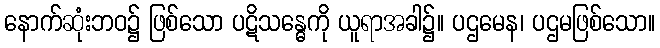
နောက်ဆုံးဘဝ၌ ဖြစ်သော ပဋိသန္ဓေကို ယူရာအခါ၌။ ပဌမေန၊ ပဌမဖြစ်သော။